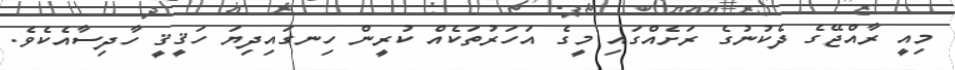
މިއީ ރާއްޖޭގެ ދެކުނުގެ ރަށެއްގައި މީގެ އަހަރުތަކެއް ކުރީން ހިނގައިދިޔަ ހަޤީޤީ ހާދިސާއެކެވެ.